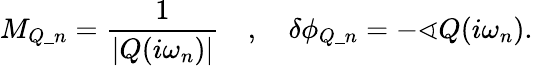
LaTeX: M_{Q\_ n}=\frac{1}{|Q(i\omega_{n})|}\quad,\quad\delta\phi_{Q\_ n}=-\sphericalangle Q(i\omega_{n}).